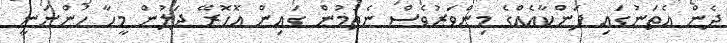
ދެން އެތަނުގައި ފަންކާއެއްގެ މިންވަރުވެސް ނެތުމުން ގައިން އޮހޮރޭ ދަލުން މީހާ ހުންނަނީ